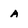
Character: A